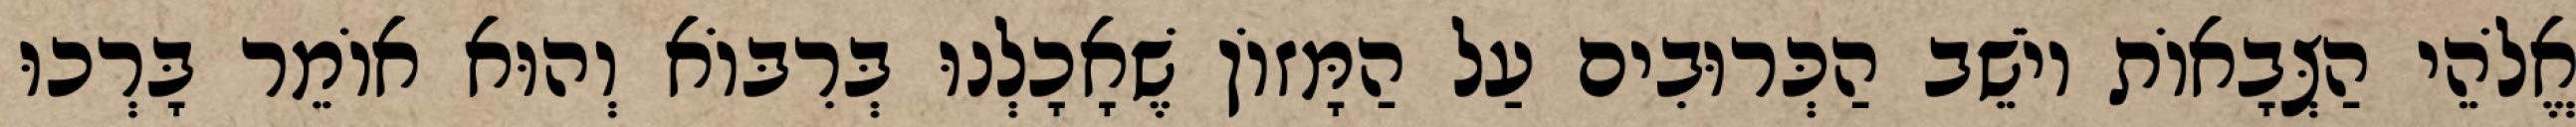
אֱלֹהֵי הַצְּבָאוֹת יוֹשֵׁב הַכְּרוּבִים עַל הַמָּזוֹן שֶׁאָכָלְנוּ בְּרִבּוֹא וְהוּא אוֹמֵר בָּרְכוּ